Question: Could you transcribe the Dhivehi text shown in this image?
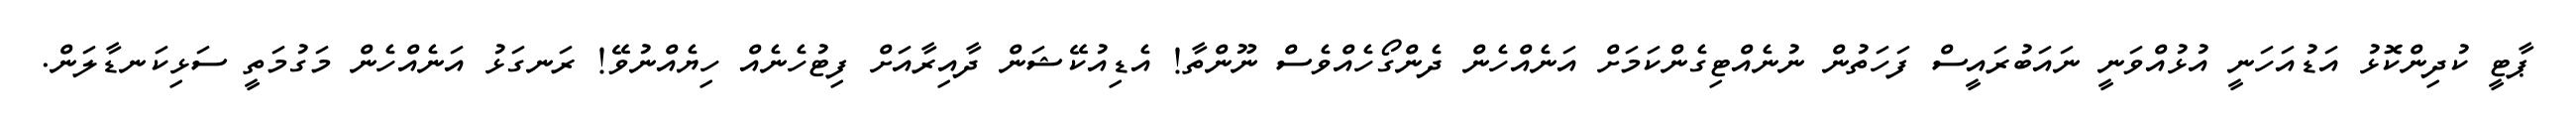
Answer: ޕާޓީ ކުދިންކޮޅު އަޑުއަހަނީ އުޅުއްވަނީ ނައަބުރައީސް ފަހަތުން ނުނެއްޓިގެންކަމަށް އަނެއްހެން ދެންގޯހެއްވެސް ނޫންތާ! އެޑިއުކޭޝަން ދާއިރާއަށް ފިޓުހެނެއް ހިޔެއްނުވޭ! ރަނގަޅު އަނެއްހެން މަގުމަތީ ސަޅިކަނޑާލަން.